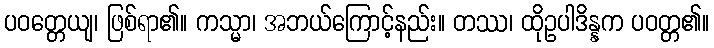
ပဝတ္တေယျ၊ ဖြစ်ရာ၏။ ကသ္မာ၊ အဘယ်ကြောင့်နည်း။ တဿ၊ ထိုဥပါဒိန္နက ပဝတ္တ၏။